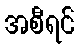
အစီရင်